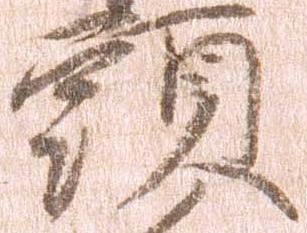
頭